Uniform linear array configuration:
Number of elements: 64
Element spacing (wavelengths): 0.5
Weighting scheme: exponential
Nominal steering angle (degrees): -30
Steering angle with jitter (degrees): -31.817
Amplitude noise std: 0.05
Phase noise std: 0.05

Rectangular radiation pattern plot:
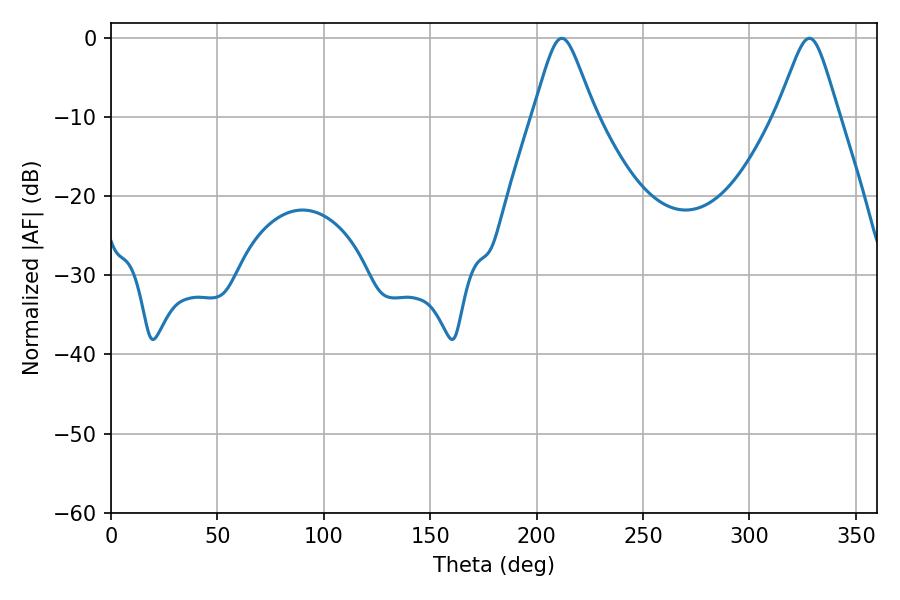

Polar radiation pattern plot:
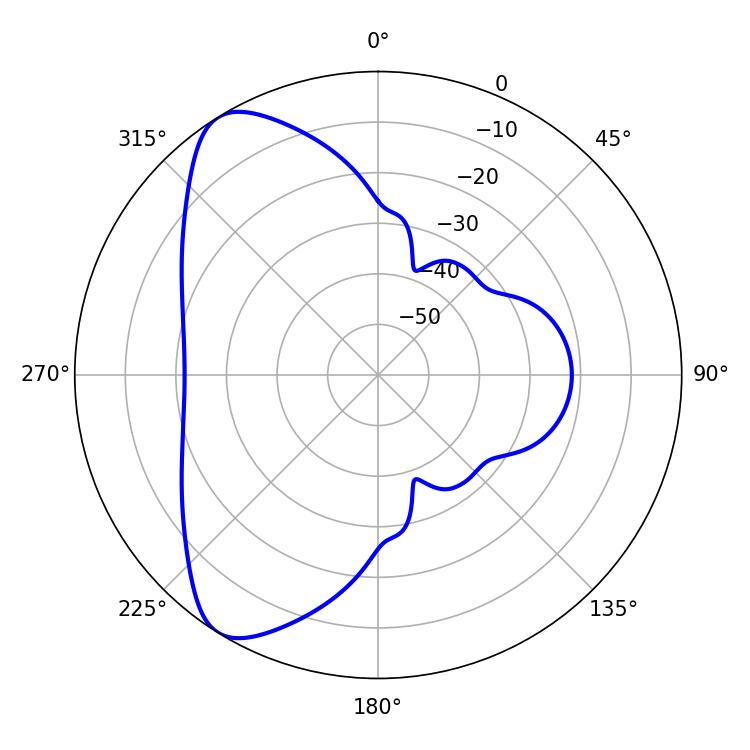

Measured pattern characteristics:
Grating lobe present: FALSE
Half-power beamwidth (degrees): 13.86
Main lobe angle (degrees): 211.86